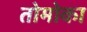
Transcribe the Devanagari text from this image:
तोमोका